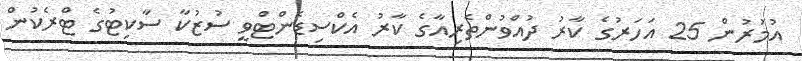
އުމުރުން 25 އަހަރުގެ ކާރު ދުއްވުންތެރިއާގެ ކާރު އެކްސިޑެންޓްވީ ސުޒުކާ ސާކިޓުގެ ޓްރެކުން